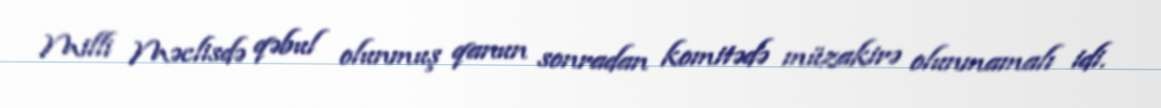
Milli Məclisdə qəbul olunmuş qanun sonradan komitədə müzakirə olunmamalı idi.